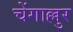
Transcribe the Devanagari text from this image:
चेंगाल्लुर